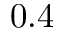
0 . 4